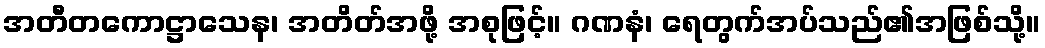
အတီတကောဋ္ဌာသေန၊ အတိတ်အဖို့ အစုဖြင့်။ ဂဏနံ၊ ရေတွက်အပ်သည်၏အဖြစ်သို့။